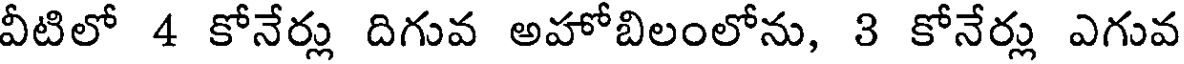
వీటిలో 4 కోనేర్లు దిగువ అహోబిలంలోను, ౩ కోనేర్లు ఎగువ